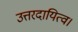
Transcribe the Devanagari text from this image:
उत्तरदायित्व।